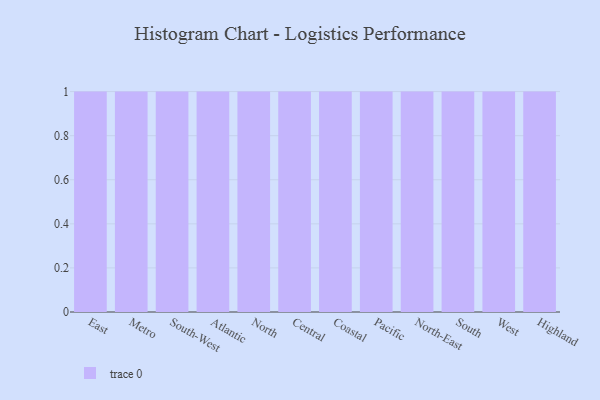
{"axis": {"x": "Region", "y": "Shipments"}, "legend": [""], "data": [{"x": "East", "y": 92, "type": ""}, {"x": "Metro", "y": 4, "type": ""}, {"x": "South-West", "y": 44, "type": ""}, {"x": "Atlantic", "y": 15, "type": ""}, {"x": "North", "y": 14, "type": ""}, {"x": "Central", "y": 42, "type": ""}, {"x": "Coastal", "y": 14, "type": ""}, {"x": "Pacific", "y": 48, "type": ""}, {"x": "North-East", "y": 92, "type": ""}, {"x": "South", "y": 74, "type": ""}, {"x": "West", "y": 76, "type": ""}, {"x": "Highland", "y": 95, "type": ""}]}